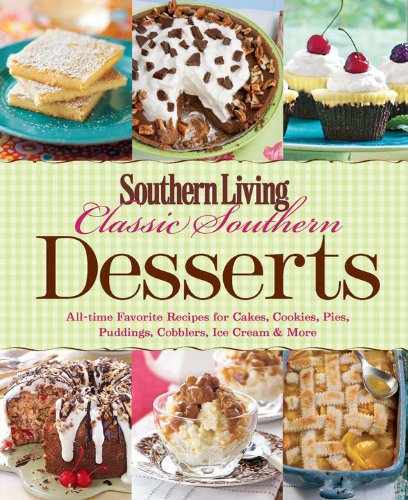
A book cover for Southern Living Classic Southern Desserts: All-time Favorite Recipes for Cakes, Cookies, Pies, Pudding, Cobblers, Ice Cream & More (Southern Living (Paperback Oxmoor)); Southern Living; Cookbooks, Food & Wine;